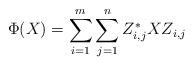
LaTeX: \begin{align*}\Phi(X)=\sum_{i=1}^m\sum_{j=1}^n Z_{i,j}^* XZ_{i,j}\end{align*}